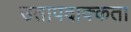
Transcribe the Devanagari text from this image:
उतापदाक्कता